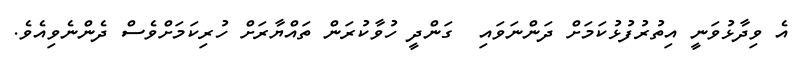
އެ ވިދާޅުވަނީ އިތުރުފުޅުކަމަށް ދަންނަވައި  ގަންދީ ހުވާކުރަން ތައްޔާރަށް ހުރިކަމަށްވެސް ދެންނެވިއެވެ.